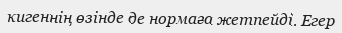
кигеннің өзінде де нормаға жетпейді. Егер